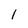
Character: 1